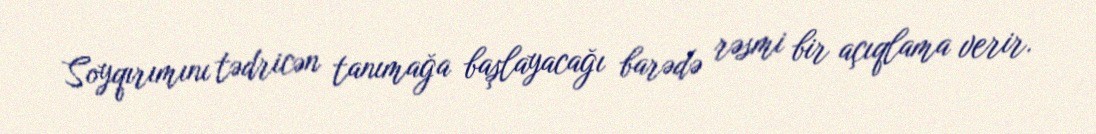
Soyqırımını tədricən tanımağa başlayacağı barədə rəsmi bir açıqlama verir.